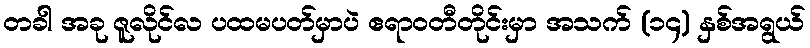
တခါ အခု ဇူလိုင်လ ပထမပတ်မှာပဲ ဧရာဝတီတိုင်းမှာ အသက် (၁၄) နှစ်အရွယ်